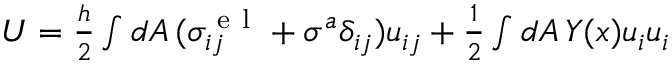
\begin{array} { r } { U = \frac { h } { 2 } \int d A \, ( \sigma _ { i j } ^ { \mathrm { ~ e ~ l ~ } } + \sigma ^ { a } \delta _ { i j } ) u _ { i j } + \frac { 1 } { 2 } \int d A \, Y ( x ) u _ { i } u _ { i } } \end{array}